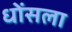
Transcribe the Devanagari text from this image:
धोंसला